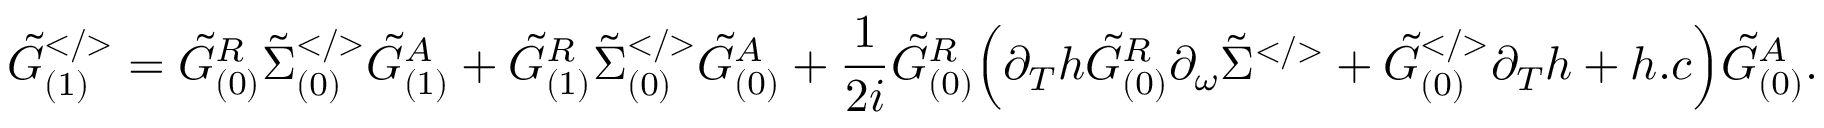
\tilde { G } _ { ( 1 ) } ^ { < / > } = \tilde { G } _ { ( 0 ) } ^ { R } \tilde { \Sigma } _ { ( 0 ) } ^ { < / > } \tilde { G } _ { ( 1 ) } ^ { A } + \tilde { G } _ { ( 1 ) } ^ { R } \tilde { \Sigma } _ { ( 0 ) } ^ { < / > } \tilde { G } _ { ( 0 ) } ^ { A } + \frac { 1 } { 2 i } \tilde { G } _ { ( 0 ) } ^ { R } \Big ( \partial _ { T } h \tilde { G } _ { ( 0 ) } ^ { R } \partial _ { \omega } \tilde { \Sigma } ^ { < / > } + \tilde { G } _ { ( 0 ) } ^ { < / > } \partial _ { T } h + h . c \Big ) \tilde { G } _ { ( 0 ) } ^ { A } .